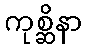
ကုစ္ဆိနာ